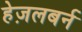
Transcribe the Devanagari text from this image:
हेज़लबर्न